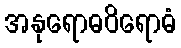
အနုရောဓဝိရောဓံ